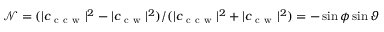
\mathcal { N } = ( \vert c _ { \mathrm { ~ c ~ c ~ w ~ } } \vert ^ { 2 } - \vert c _ { \mathrm { ~ c ~ w ~ } } \vert ^ { 2 } ) / ( \vert c _ { \mathrm { ~ c ~ c ~ w ~ } } \vert ^ { 2 } + \vert c _ { \mathrm { ~ c ~ w ~ } } \vert ^ { 2 } ) = - \sin \phi \sin \vartheta